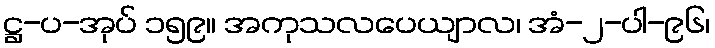
ဋ္ဌ-ပ-အုပ် ၁၅၉။ အကုသလပေယျာလ၊ အံ-၂-ပါ-၉၆၊